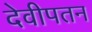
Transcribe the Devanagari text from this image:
देवीपतन